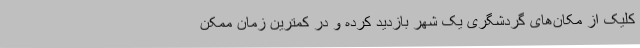
کلیک از مکان‌های گردشگری یک شهر بازدید کرده و در کمترین زمان ممکن